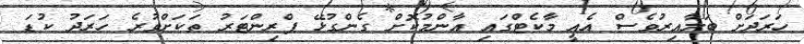
ހަރަދަށް ބަލާއިރުވެސް އެއީ މާކެޓްގައި އާންމުކޮށް ގެންގުޅޭ ޕްރިންޓަރު ތަކަށްވުރެ ހަރަދު ކުޑަ